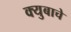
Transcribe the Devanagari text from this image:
क्युबाचे